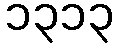
၁၃၁၃